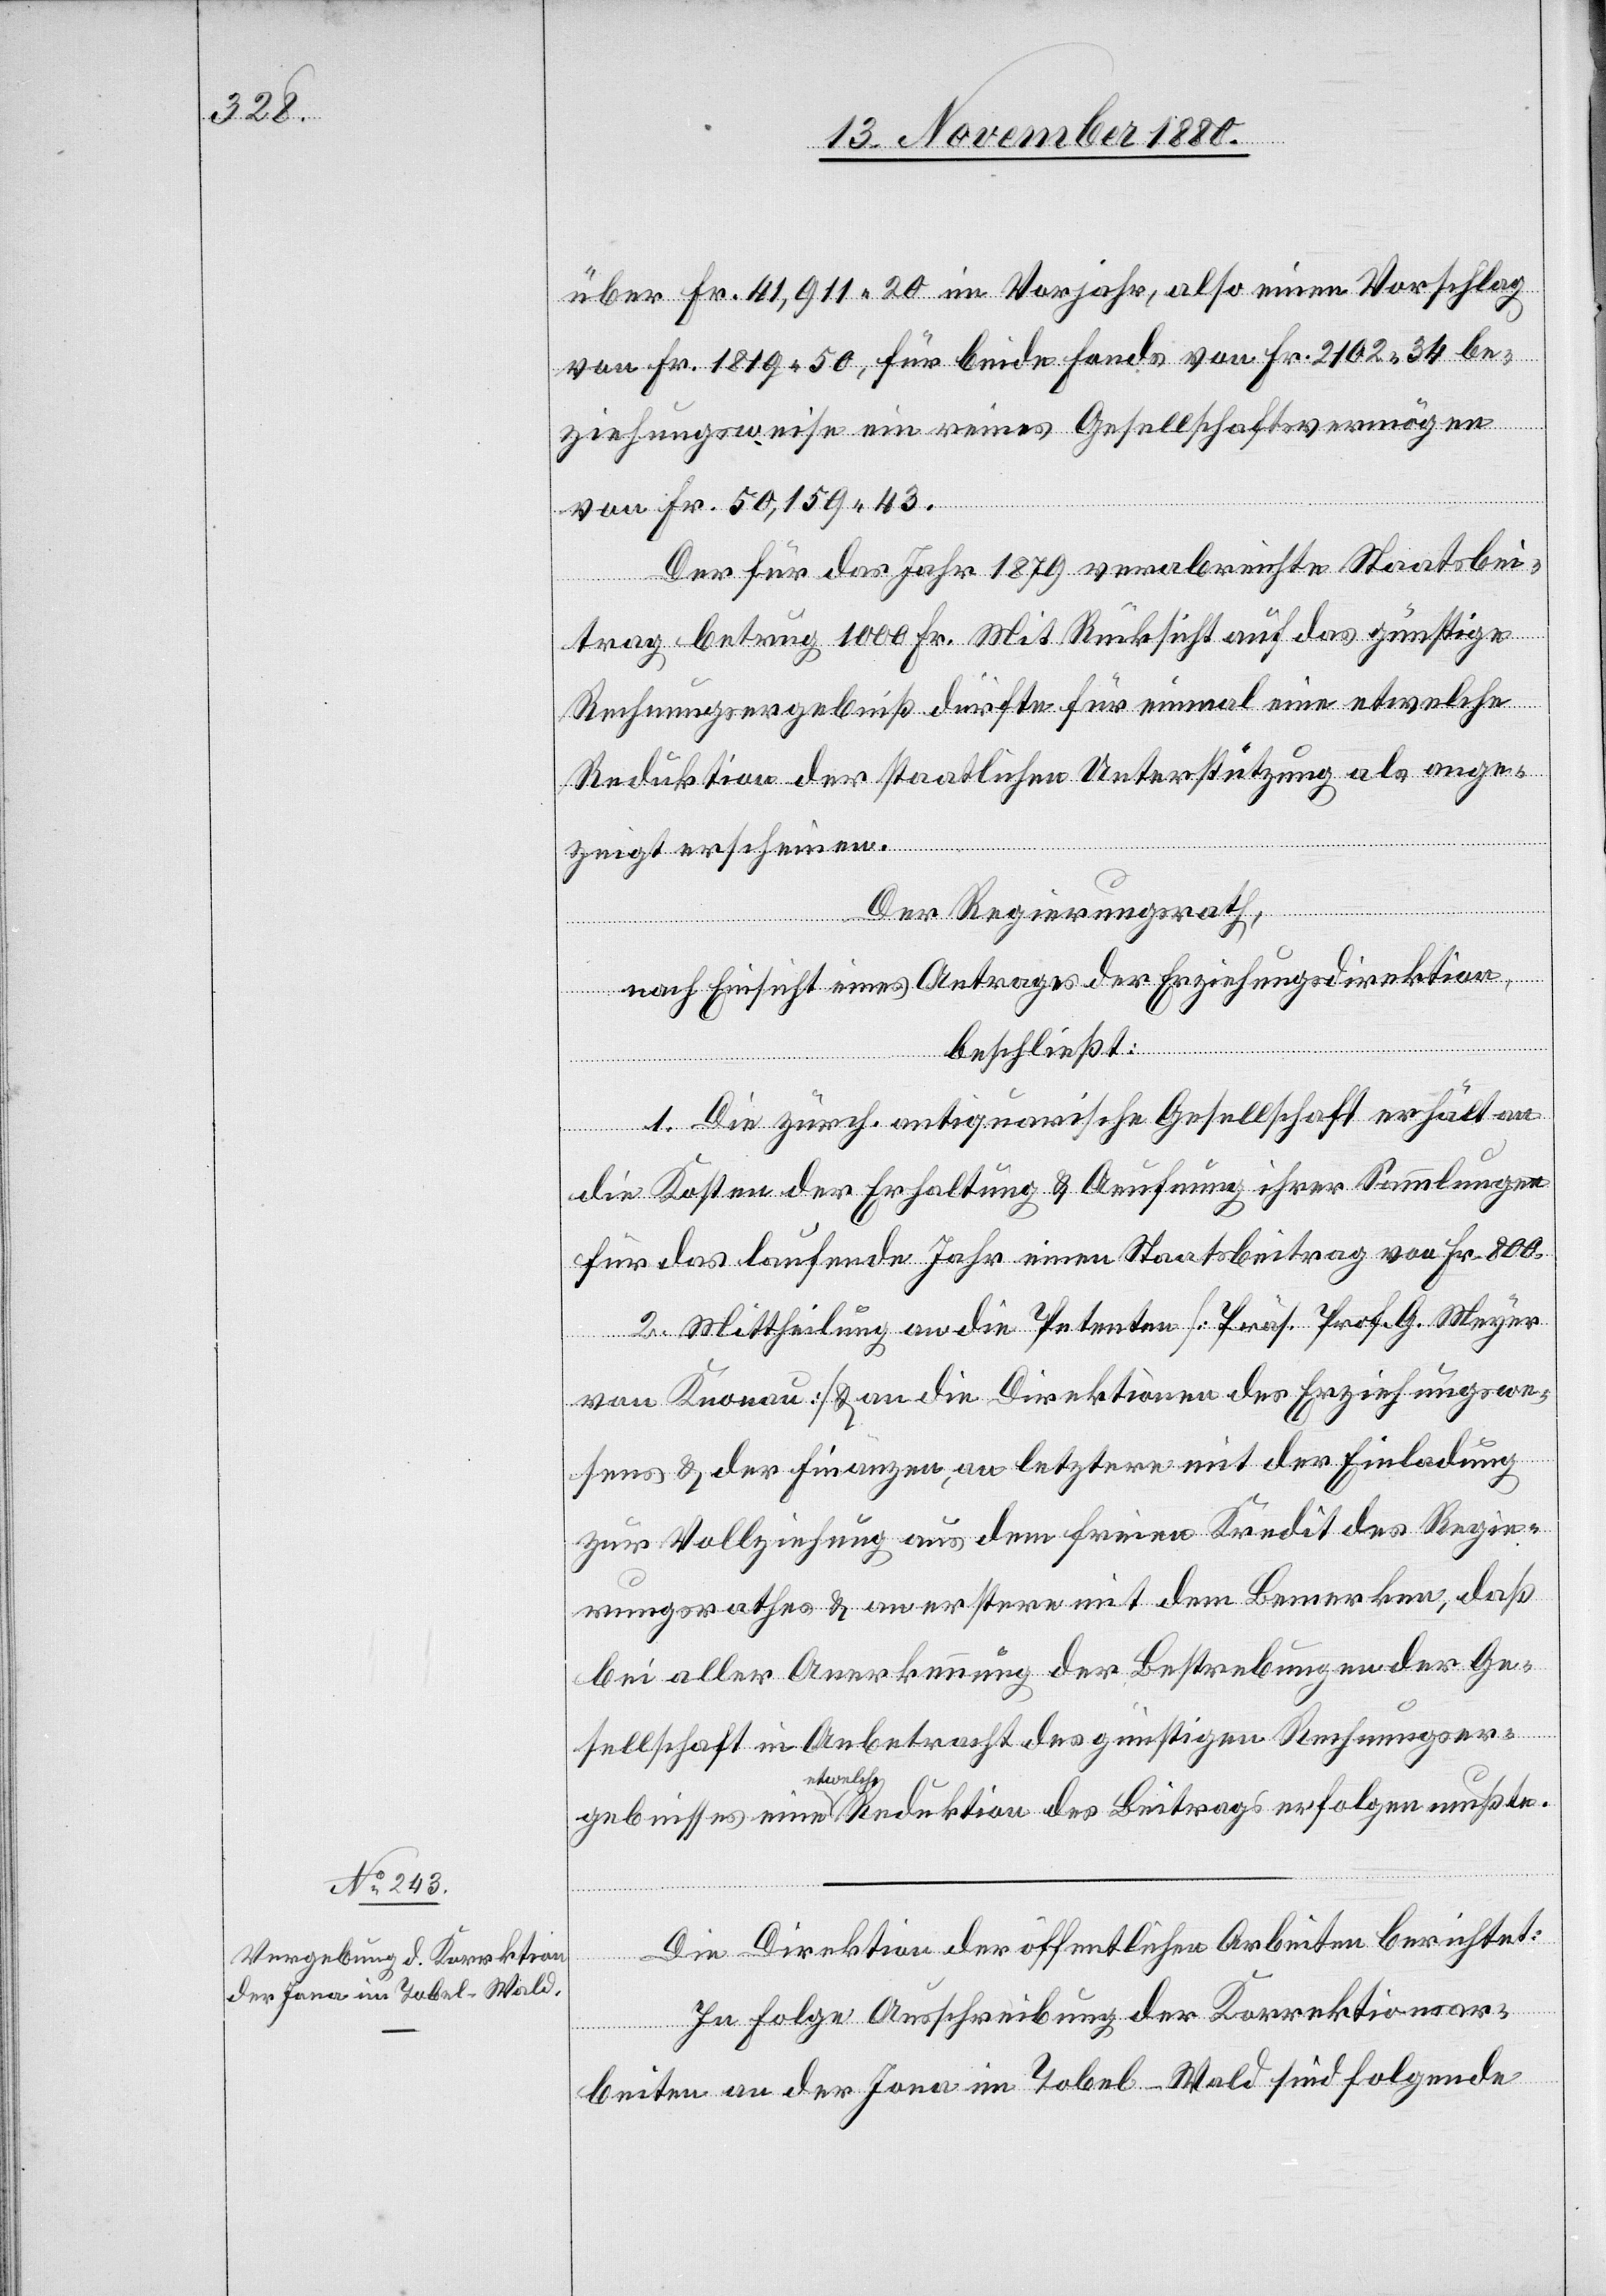
über Fr. 41,911 20 im Vorjahr, also einen Vorschlag
von Fr. 1819 50, für beide Fonds von Fr. 2102 34 be¬
ziehungsweise ein reines Gesellschaftsvermögen
er¬
folgen
von Fr. 50,159 43.
Der für das Jahr 1879 verabreichte Staatsbei¬
trag betrug 1000 Fr. Mit Rücksicht auf das günstige
Rechnungsergebniß dürfte für einmal eine etwelche
Reduktion der staatlichen Unterstützung als ange¬
mußte.
zeigt erscheinen.
Der Regierungsrath,
nach Einsicht eines Antrages der Erziehungsdirektion,
beschließt:
1. Die zürch. antiquarische Gesellschaft erhält an
die Kosten der Erhaltung & Aeufnung ihrer Sammlungen
für das laufende Jahr einen Staatsbeitrag von Fr. 800.
2. Mittheilung an die Petenten [Präs. Prof. G. Meyer
von Knonau] & an die Direktion des Erziehungswe¬
sens & der Finanzen, an letztere mit der Einladung
zur Vollziehung aus dem freien Kredit des Regie¬
rungsrathes & an erstere mit dem Bemerken, daß
bei aller Anerkennung der Bestrebungen der Ge¬
sellschaft in Anbetracht des günstigen Rechnungser¬
etwelche
Die Direktion der öffentlichen Arbeiten berichtet:
In Folge Ausschreibung der Korrektionsar¬
beiten an der Jona im Tobel - Wald sind folgende